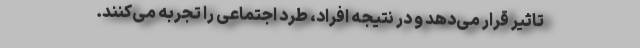
تاثیر قرار می‌دهد و در نتیجه افراد، طرد اجتماعی را تجربه می‌کنند.